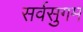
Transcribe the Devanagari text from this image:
सर्वसुगम